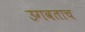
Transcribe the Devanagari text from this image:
उगवताच